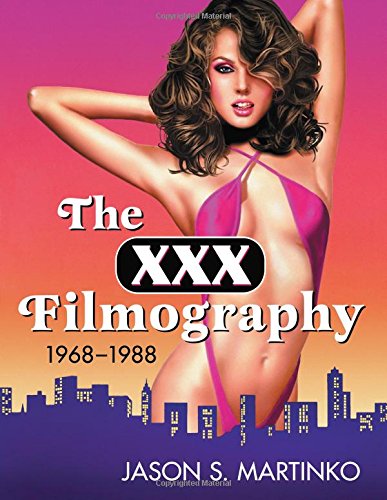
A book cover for The XXX Filmography, 1968-1988; Jason S. Martinko; Humor & Entertainment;